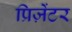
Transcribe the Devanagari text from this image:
प्रिज़ेंटर